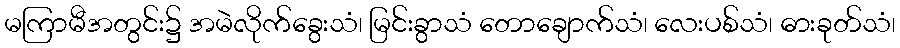
မကြာမီအတွင်း၌ အမဲလိုက်ခွေးသံ၊ မြင်းခွာသံ တောချောက်သံ၊ လေးပစ်သံ၊ ဓားခုတ်သံ၊